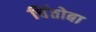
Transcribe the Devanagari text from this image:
चिंतोबा